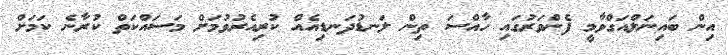
އިން ބައިނަލްއަގްވާމީ ފެންވަރުގައި ހާއްސަ ތިން ލަނޑުދަނޑިއެއް ކުރިއެރުވުމަށް މަސައްކަތް ކުރާނެ ކަމަށް